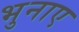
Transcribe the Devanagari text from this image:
भुनाए